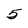
Character: 5